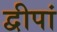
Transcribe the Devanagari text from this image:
द्वीपां